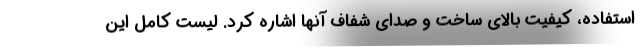
استفاده، کیفیت بالای ساخت و صدای شفاف آنها اشاره کرد. لیست کامل این